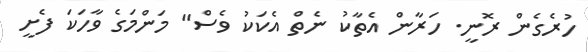
ހުރެގެން ރޮނީ. ހަރާން އެތާކު ނެތް އެކަކު ވެސް" މަންމަގެ ވާހަކަ ފެށީ